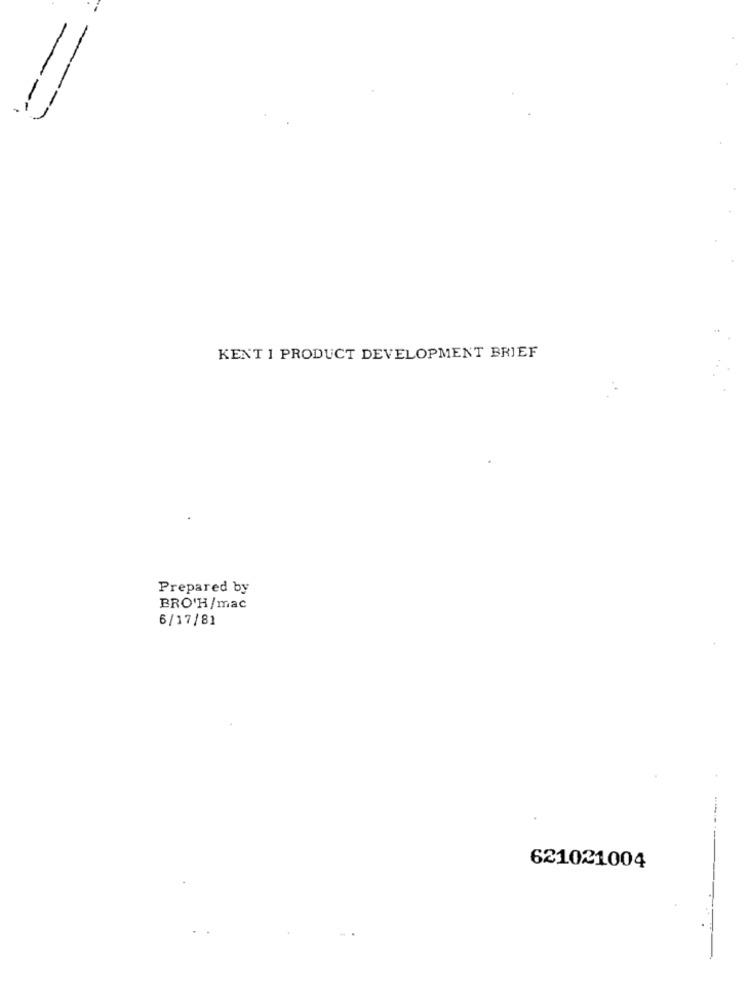
KENT 1 PRODUCT DEVELOPMENT BRIEF
Prepared by
BRO'H/mac
6/17/81
621021004